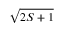
\sqrt { 2 S + 1 }